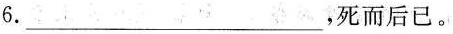
6.___，死而后已。